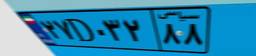
۱۴D۹۶۳۴۳